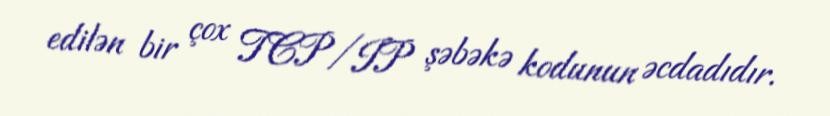
edilən bir çox TCP/IP şəbəkə kodunun əcdadıdır.